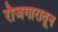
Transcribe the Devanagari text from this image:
रोजगारातून